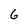
Character: 6